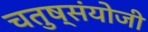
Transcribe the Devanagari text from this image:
चतुष्संयोजी